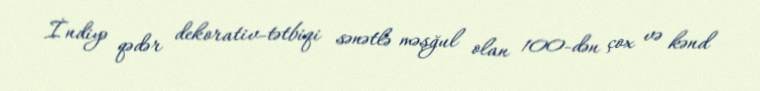
İndiyə qədər dekorativ-tətbiqi sənətlə məşğul olan 100-dən çox və kənd